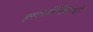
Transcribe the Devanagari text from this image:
हस्तालिखिताची